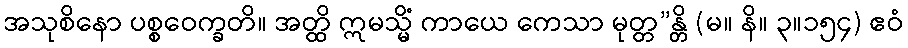
အသုစိနော ပစ္စဝေက္ခတိ။ အတ္ထိ ဣမသ္မိံ ကာယေ ကေသာ မုတ္တ”န္တိ (မ။ နိ။ ၃။၁၅၄) ဧဝံ